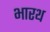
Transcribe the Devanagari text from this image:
भारथ